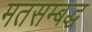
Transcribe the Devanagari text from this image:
मतसम्बद्ध